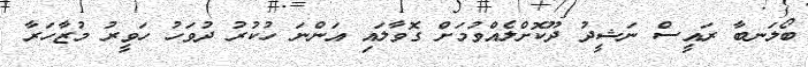
ބޯލަނބާ ރައީސް ނަޝީދު ދޫކޮށްލެއްވުމަށް ގޮވާލައި އަންނަ ހުކުރު ދުވަހު ހަވީރު މުޒާހަރާ